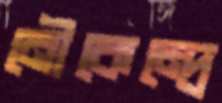
নৌকেন্দ্রে